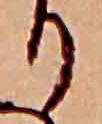
り